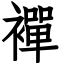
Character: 襌